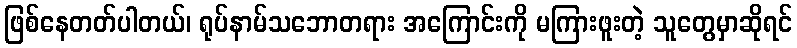
ဖြစ်နေတတ်ပါတယ်၊ ရုပ်နာမ်သဘောတရား အကြောင်းကို မကြားဖူးတဲ့ သူတွေမှာဆိုရင်